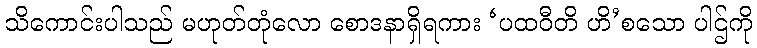
သိကောင်းပါသည် မဟုတ်တုံလော စောဒနာရှိရကား ‘ပထဝီတိ ဟိ’စသော ပါဌ်ကို